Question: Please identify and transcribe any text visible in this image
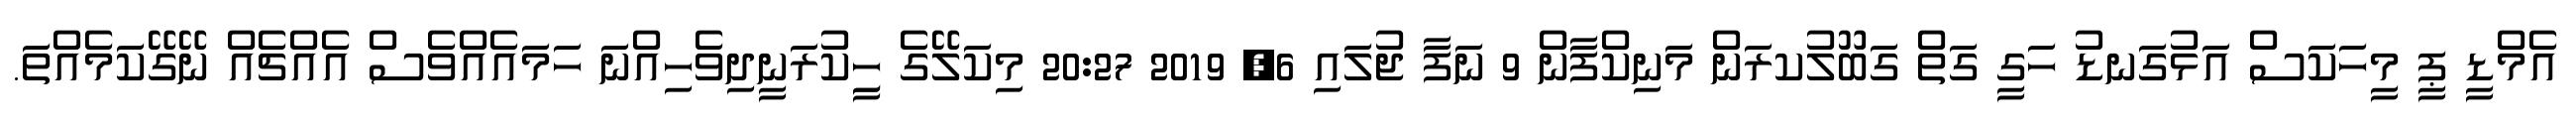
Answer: އެމްޑީ ޕީ މީހަކަސް އަޅުގަނޑު ހަގީ ގަތް ގަބޫލުކރަން މަނިކްފާން 9 ނަފާ ޖުލައި 6, 2019 20:27 މިކަލޭގެ ހީިކުރަނީދިވެހިއްނަ ހަމައެއްވެސް އެއްޗެއް ނޭގޭކަމެއްތަ.